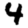
Digit: 4